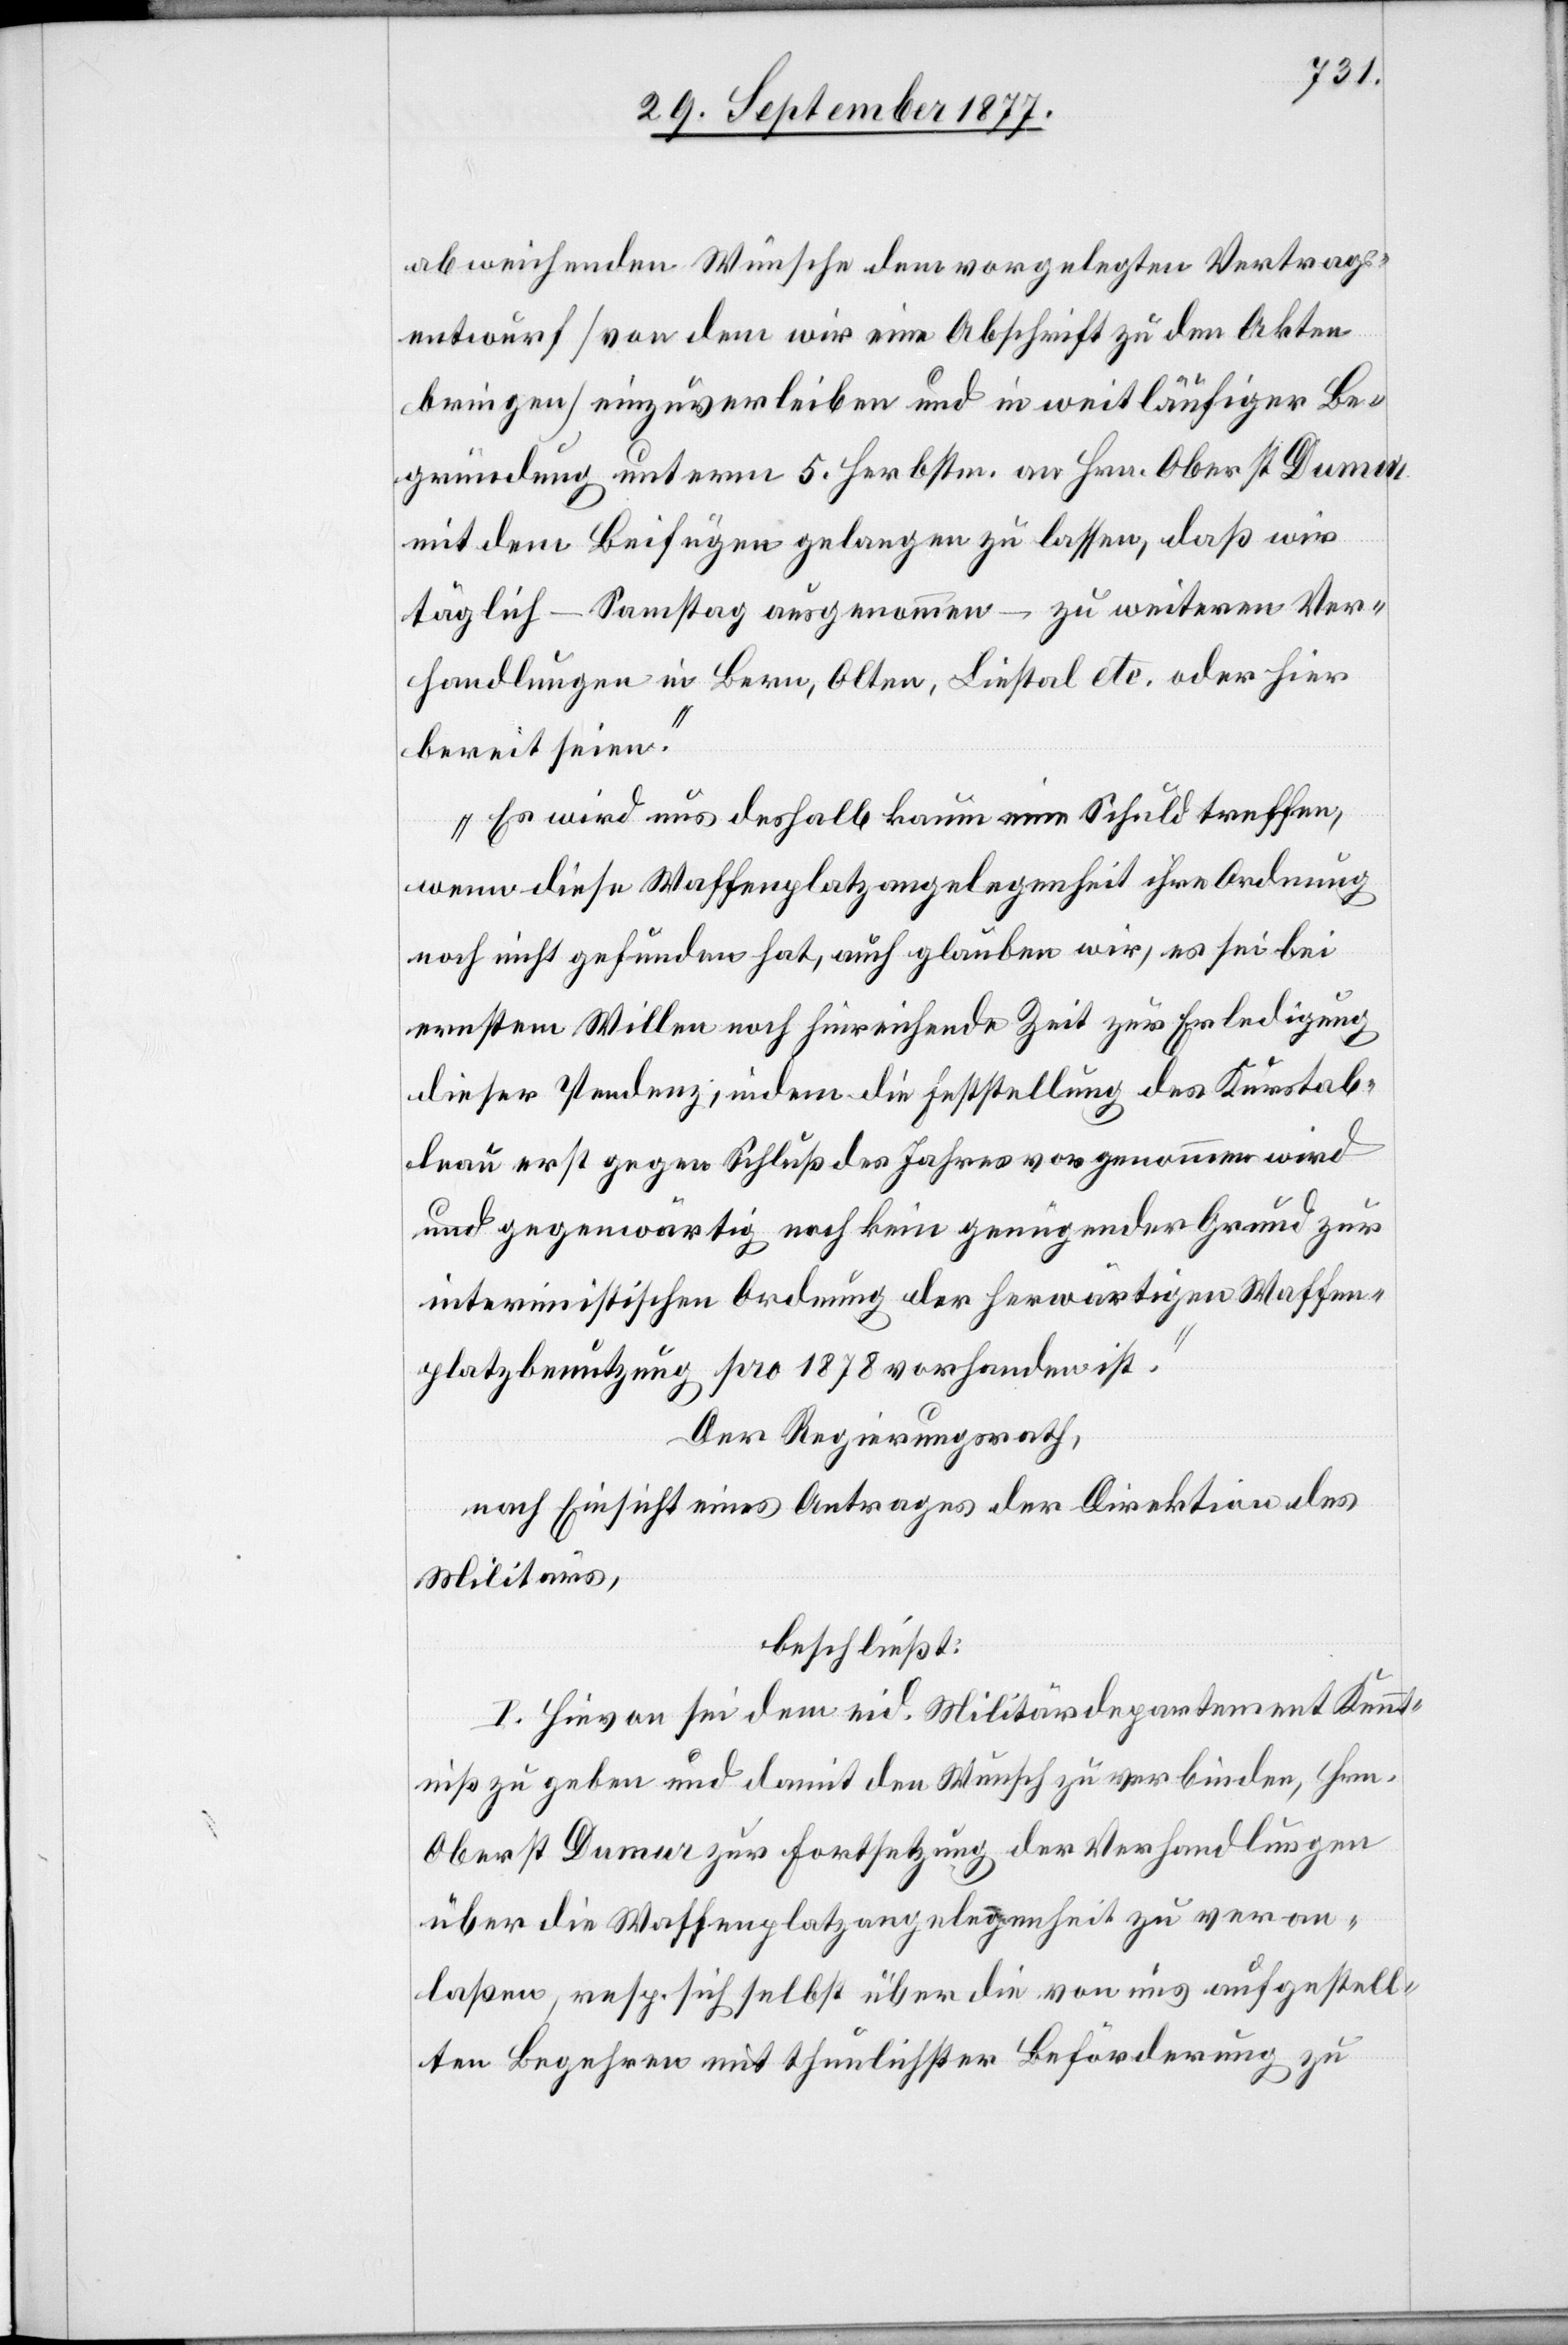
abweichenden Wünsche dem vorgelegten Vertrags¬
entwurf [von dem wir eine Abschrift zu den Akten
bringen] einzuverleiben und in weitläufiger Be¬
gründung unterm 5. Herbstm. an Hrn. Oberst Dumur
mit dem Beifügen gelangen zu lassen, daß wir
täglich – Samstag ausgenommen – zu weiteren Ver¬
handlungen in Bern, Olten, Liestal etc. oder hier
bereit seien.“
„Es wird uns deshalb kaum eine Schuld treffen,
wenn diese Waffenplatzangelegenheit ihre Ordnung
noch nicht gefunden hat, auch glauben wir, es sei bei
ernstem Willen noch hinreichende Zeit zur Erledigung
dieser Pendenz, indem die Feststellung des Kurstab¬
leau erst gegen Schluß des Jahres vorgenommen wird
und gegenwärtig noch kein genügender Grund zur
interimistischen Ordnung der herwärtigen Waffen¬
platzbenutzung pro 1878 vorhanden ist.“
Der Regierungsrath,
nach Einsicht eines Antrages der Direktion des
Militärs,
beschließt:
I. Hievon sei dem eid. Militärdepartement Kennt¬
niß zu geben und damit den Wunsch zu verbinden, Hrn.
Oberst Dumur zur Fortsetzung der Verhandlungen
über die Waffenplatzangelegenheit zu veran¬
laßen, resp. sich selbst über die von uns aufgestell¬
ten Begehren mit thunlichster Beförderung zu